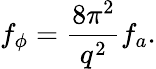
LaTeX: f_{\phi}=\frac{8\pi^{2}}{q^{2}}f_{a}.